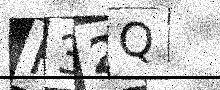
Text: H32Q